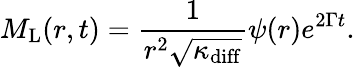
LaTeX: M_{\mathrm{L}}(r,t)=\frac{1}{r^{2}\sqrt{\kappa_{\mathrm{diff}}}}\psi(r)e^{2\Gamma t}.